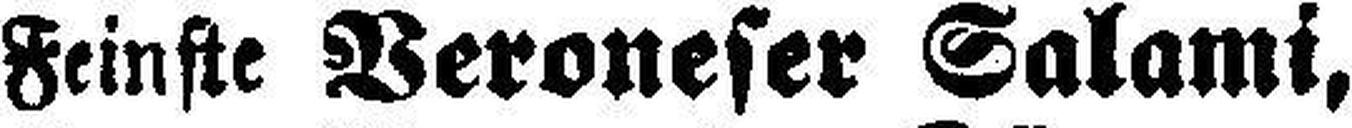
Feinste Veroneser Salami,